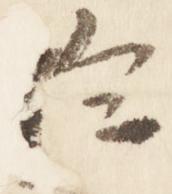
於